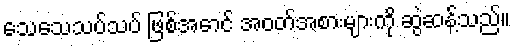
သေသေသပ်သပ် ဖြစ်အောင် အဝတ်အစားများကို ဆွဲဆန့်သည်။